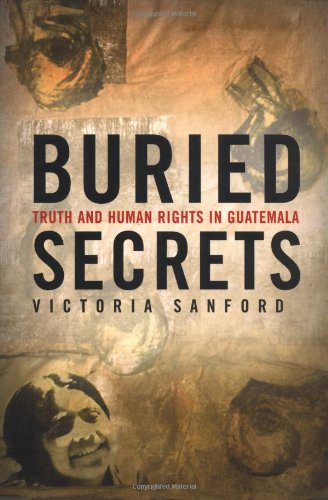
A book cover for Buried Secrets: Truth and Human Rights in Guatemala; Victoria Sanford; History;